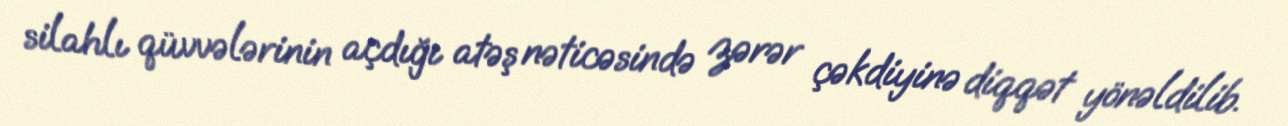
silahlı qüvvələrinin açdığı atəş nəticəsində zərər çəkdiyinə diqqət yönəldilib.